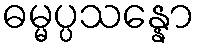
ဓမ္မပ္ပသန္နော